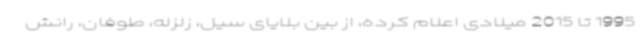
1995 تا 2015 میلادی اعلام کرده، از بین بلایای سیل، زلزله، طوفان، رانش